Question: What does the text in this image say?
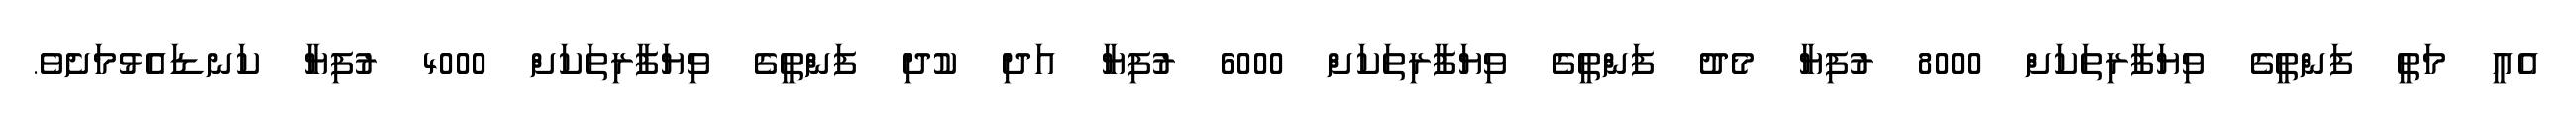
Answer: އެއީ މަތީ ފަންތީގެ ވިޔަފާރިތަކަށް 8000 ރުފިޔާ މެދު ފަންތީގެ ވިޔަފާރިތަކަށް 6000 ރުފިޔާ އަދި ކުދި ފަންތީގެ ވިޔަފާރިތަކަށް 4000 ރުފިޔާ ކަނޑައެޅުމަށެވެ.